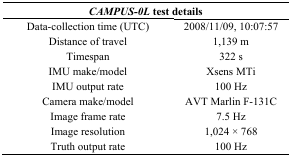
<table><thead><tr><td colspan="2"><b><i>CAMPUS-0L</i> test details</b></td></tr></thead><tbody><tr><td>Data-collection time (UTC)</td><td>2008/11/09, 10:07:57</td></tr><tr><td>Distance of travel</td><td>1,139 m</td></tr><tr><td>Timespan</td><td>322 s</td></tr><tr><td>IMU make/model</td><td>Xsens MTi</td></tr><tr><td>IMU output rate</td><td>100 Hz</td></tr><tr><td>Camera make/model</td><td>AVT Marlin F-131C</td></tr><tr><td>Image frame rate</td><td>7.5 Hz</td></tr><tr><td>Image resolution</td><td>1,024 × 768</td></tr><tr><td>Truth output rate</td><td>100 Hz</td></tr></tbody></table>